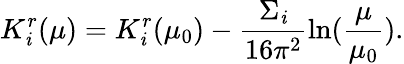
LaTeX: K_{\mathit{i}}^{r}(\mu)=K_{\mathit{i}}^{r}(\mu_{0})-\frac{{\Sigma_{\mathit{i}}}}{{16\pi^{2}}}\ln(\frac{{\mu}}{{\mu_{0}}}).